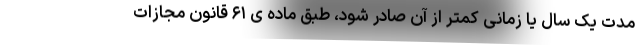
مدت یک سال یا زمانی کمتر از آن صادر شود، طبق ماده ی ۶۱ قانون مجازات